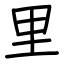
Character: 里